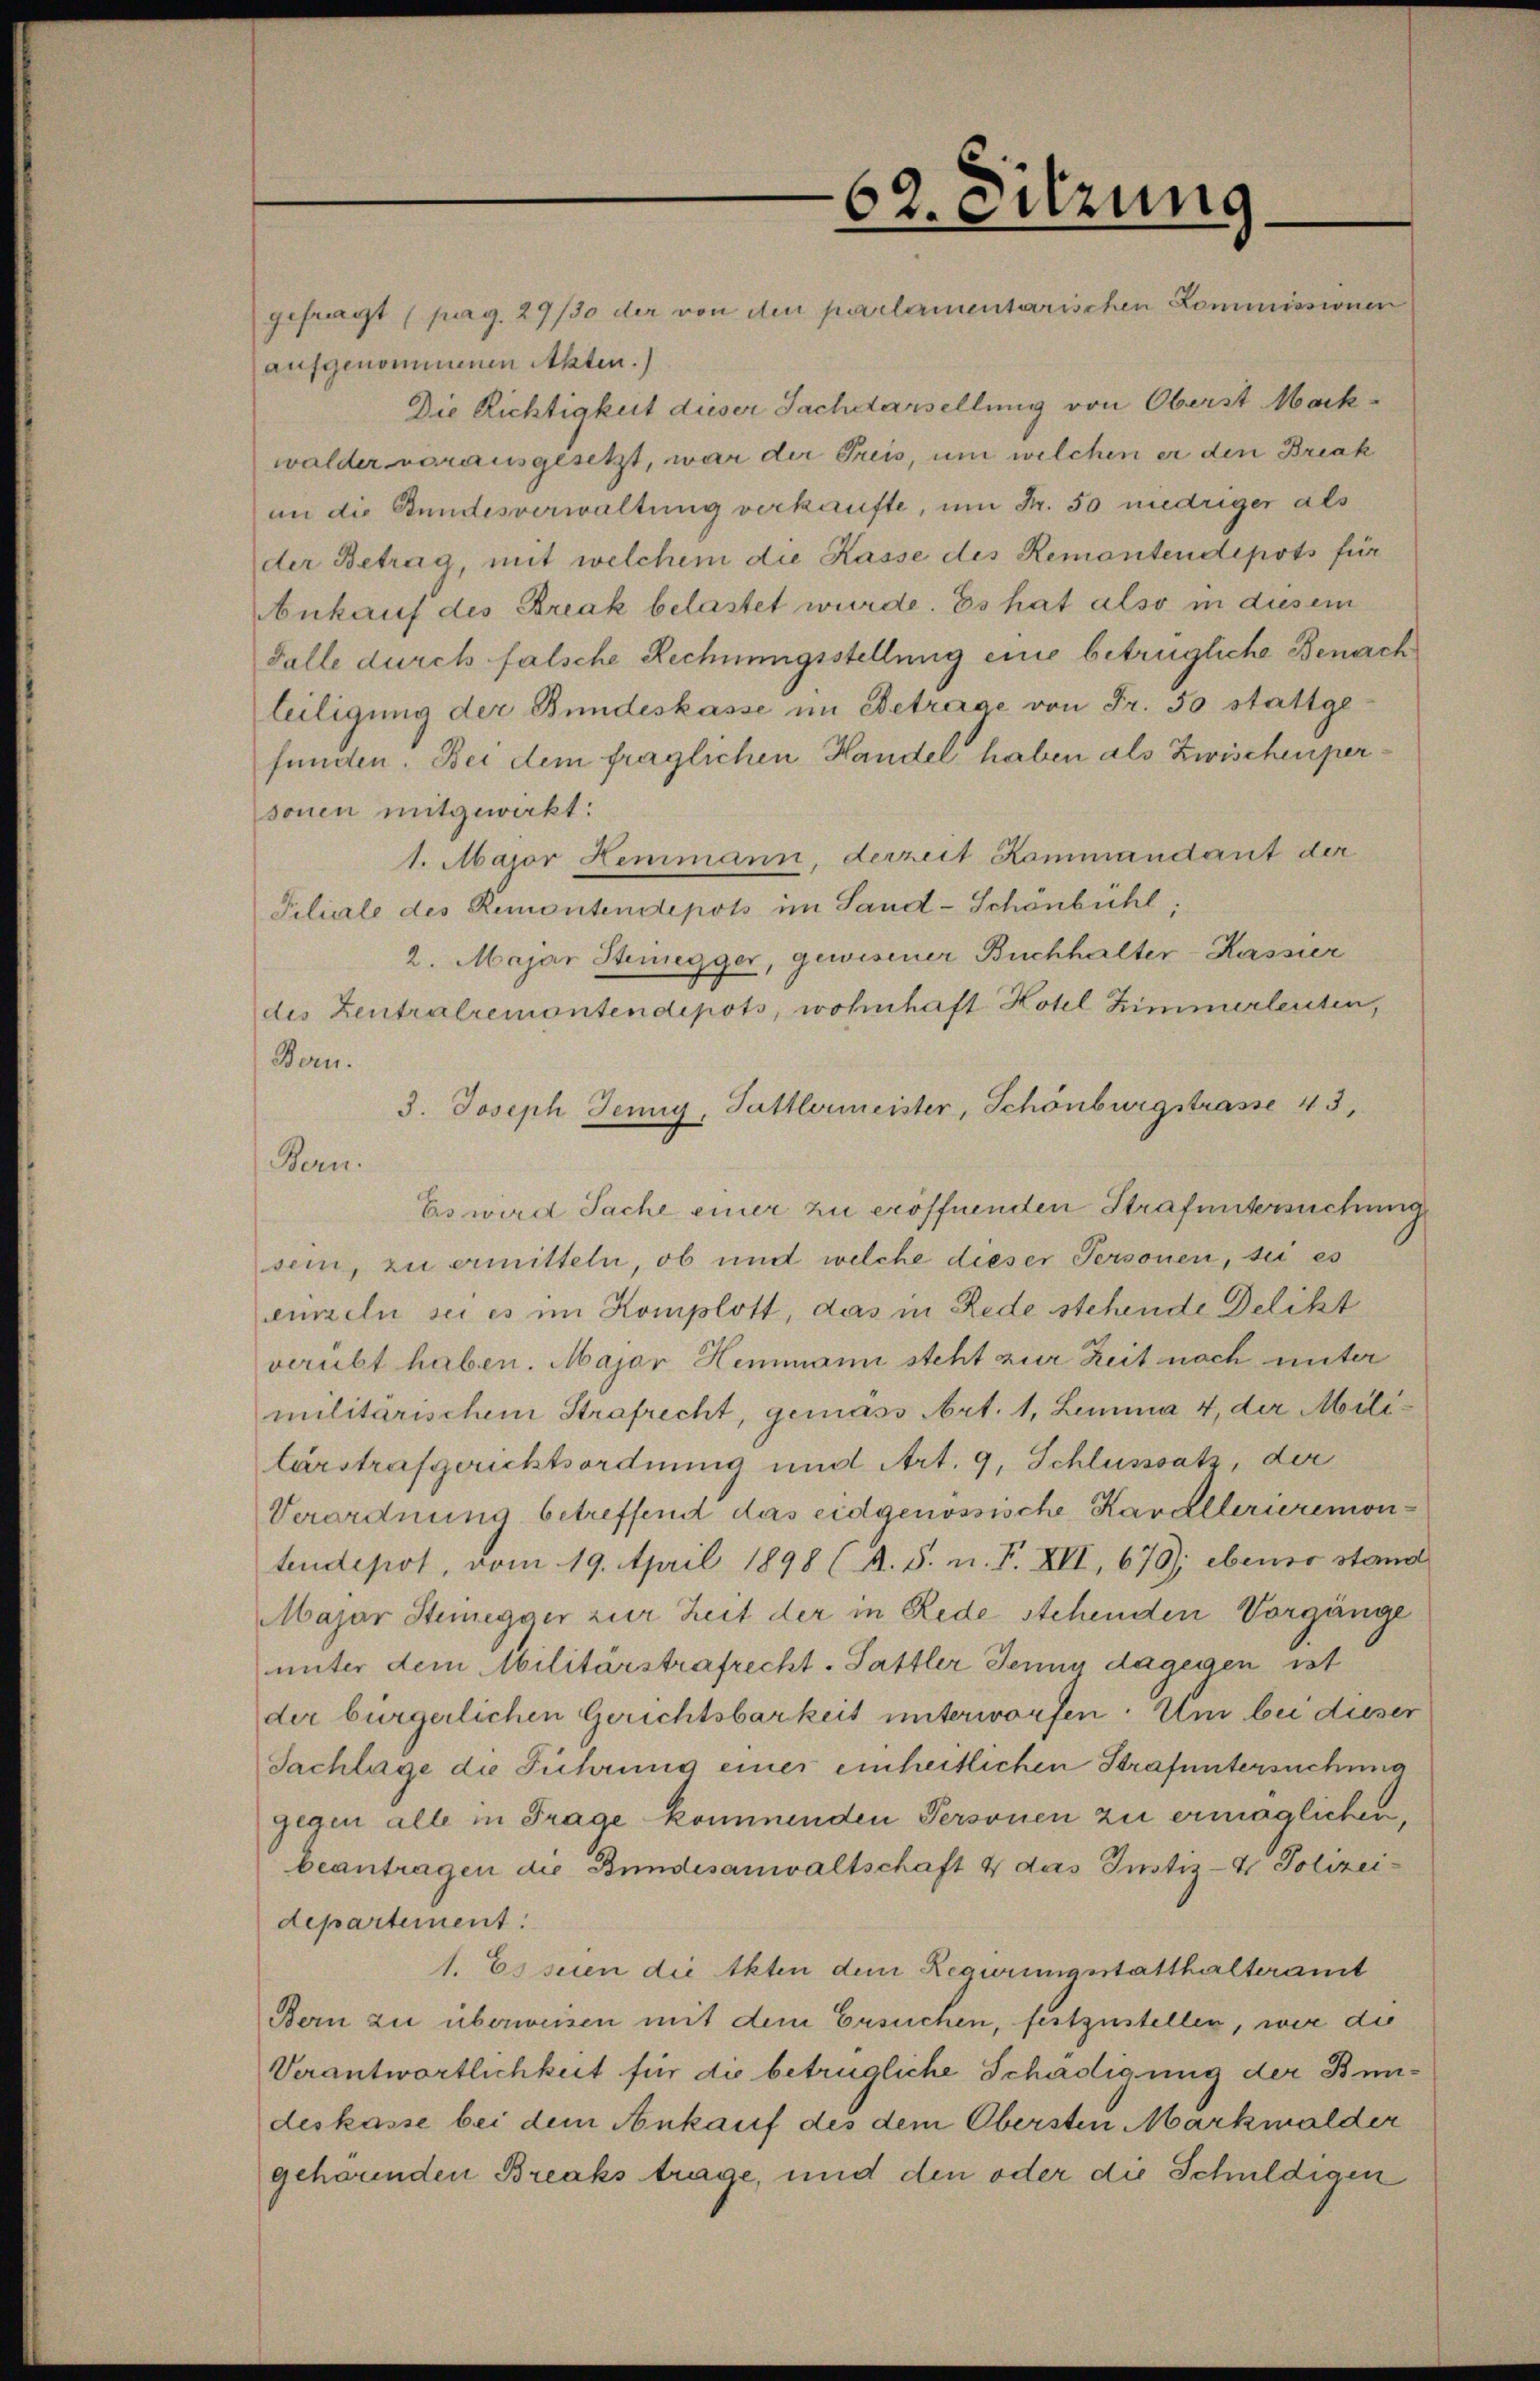
62. Sitzung.
gefragt (pag. 29/30 der von den partementarischen Kommissionen

aufgenommenen Akten.)
Die Richtigkeit dieser Sachdarsellung von Oberst Markwalder vorausgesetzt, war der Preis, um welchen er den Break
an die Stundesverwaltung verkaufte, um Fr. 50 niedriger als
der Betrag, mit welchem die Kasse des Remontendepots für
Ankauf des Break belastet wurde. Es hat also in diesem
Falle durch falsche Rechnungsstellung eine betrügliche Benach
teiligung der Bundeskasse im Betrage von Fr. 50 stattge
funden. Bei dem fraglichen Handel haben als Zwischenpersonen mitgewirkt:
1. Major Hemmann, derzeit Kommandant der
Filiale des Remontendepots im Sand-Schönbühl,
2. Majar Steinegger, gewisener Buchhalter-Kassier
des Zentralremontendepots, wohnhaft Kotel Zimmerleuten,
Bern.
3. Joseph Jenny, Sattlermeister, Schönburgstrasse 43.
Bern.
Es wird Sache einer zu eröffnenden Strafuntersuchung
sein, zu ermitteln, ob und welche dieser Personen, sei es
einzeln sei es im Komplott, das in Rede stehende Delikt
verübt haben. Major Hemmann steht zur Zeit nach unter
militärischem Strafrecht, gemäss Art. 1, Lemma 4, der Militarstrafgerichtsordnung und Art. 9, Schlusssatz, der
Verordnung betreffend das eidgenössische Kavallerieremon-
tendepot, vom 19. April 1898 (A. S. n. F. XII, 670); ebenso stand
Majar Steinegger zur Zeit der in Rede stehenden Vorgänge
unter dem Militärstrafrecht. Sattler Jenny dagegen ist
der bürgerlichen Gerichtsbarkeit unterworfen. Um bei dieser
Sachlage die Führung einer einheitlichen Strafuntersuchung
gegen alle in Frage kommenden Personen zu ermöglichen,
beantragen die Bundesanwaltschaft 4 das Justiz- & Polizeidepartement.
1. Es seien die Akten dem Regierungsstatthalteramt
Bern zu überweisen mit dem Ersuchen, festzustellen, wie die
Verantwortlichkeit für die betrügliche Schädigung der Bundeskasse bei dem Ankauf des dem Obersten Markwalder
gehörenden Breaks trage, und den oder die Schuldigen